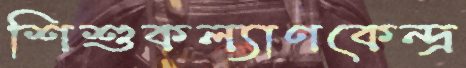
শিশুকল্যাণকেন্দ্র